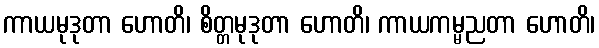
ကာယမုဒုတာ ဟောတိ၊ စိတ္တမုဒုတာ ဟောတိ၊ ကာယကမ္မညတာ ဟောတိ၊